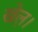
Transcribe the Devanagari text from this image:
खेल़।